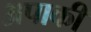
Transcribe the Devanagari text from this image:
अपाकी